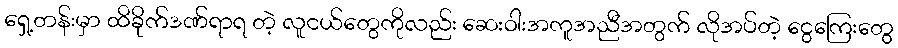
ရှေ့တန်းမှာ ထိခိုက်ဒဏ်ရာရ တဲ့ လူငယ်တွေကိုလည်း ဆေးဝါးအကူအညီအတွက် လိုအပ်တဲ့ ငွေကြေးတွေ